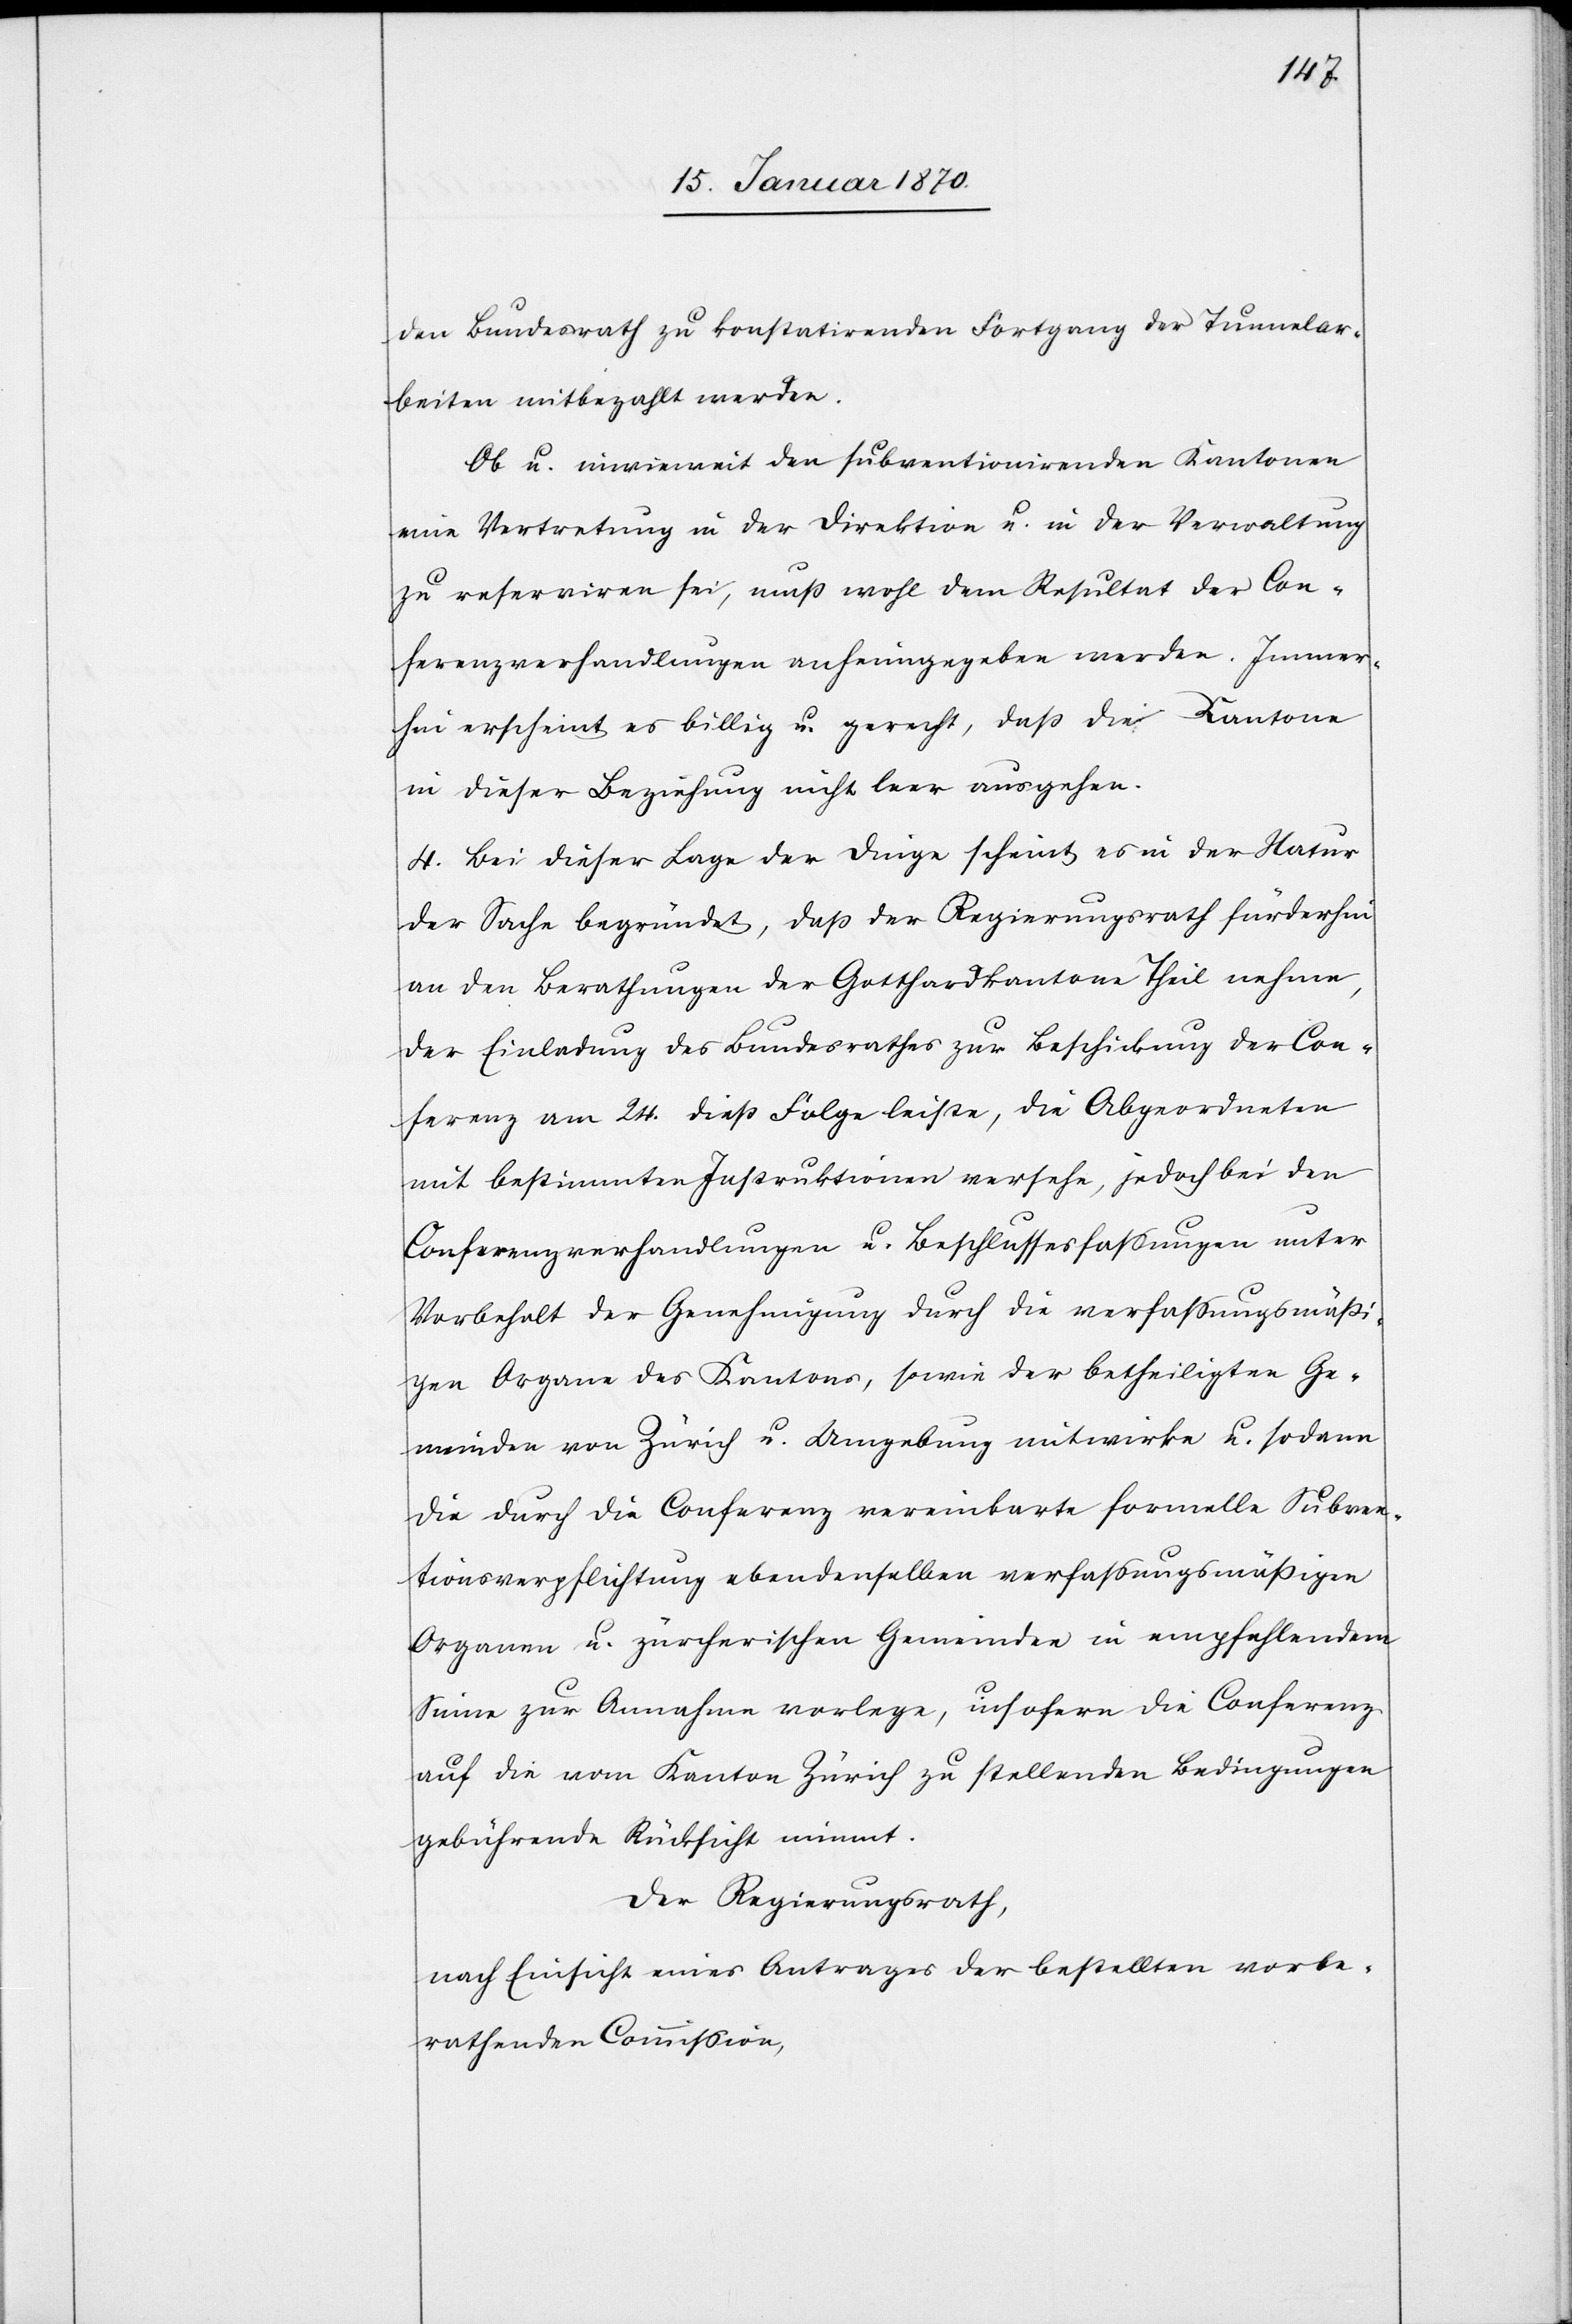
den Bundesrath zu konstatirenden Fortgang der Tunnelar¬
beiten mitbezahlt werden.
Ob u. inwieweit den subventionirenden Kantonen
eine Vertretung in der Direktion u. in der Verwaltung
zu reserviren sei, muß wohl dem Resultat der Con¬
ferenzverhandlungen anheimgegeben werden. Immer¬
hin erscheint es billig u. gerecht, daß die Kantone
in dieser Beziehung nicht leer ausgehen.
4. Bei dieser Lage der Dinge scheint es in der Natur
der Sache begründet, daß der Regierungsrath fürderhin
an den Berathungen der Gotthardkantone Theil nehme,
der Einladung des Bundesrathes zur Beschickung der Con¬
ferenz am 24. dieß Folge leiste, die Abgeordneten
mit bestimmten Instruktionen versehe, jedoch bei den
Conferenzverhandlungen u. Beschlussesfassungen unter
Vorbehalt der Genehmigung durch die verfassungsmäßi¬
gen Organe des Kantons, sowie der betheiligten Ge¬
meinden von Zürich u. Umgebung mitwirke u. sodann
die durch die Conferenz vereinbarte formelle Subven¬
tionsverpflichtung ebendenselben verfassungsmäßigen
Organen u. zürcherischen Gemeinden in empfehlendem
Sinne zur Annahme vorlege, insofern die Conferenz
auf die vom Kanton Zürich zu stellenden Bedingungen
gebührende Rücksicht nimmt.
Der Regierungsrath,
nach Einsicht eines Antrages der bestellten vorbe¬
rathenden Commission,